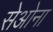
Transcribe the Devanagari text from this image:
सेओना